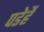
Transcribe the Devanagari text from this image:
पडेहै